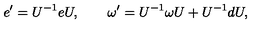
e ^ { \prime } = U ^ { - 1 } e U , \qquad \omega ^ { \prime } = U ^ { - 1 } \omega U + U ^ { - 1 } d U ,